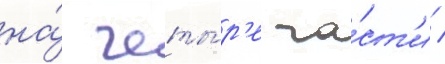
на́ четы́р'е ча́ст'и /